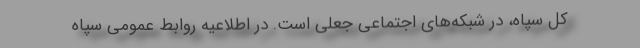
کل سپاه، در شبکه‌های اجتماعی جعلی است. در اطلاعیه روابط عمومی سپاه